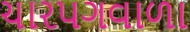
ચારપગવાળા